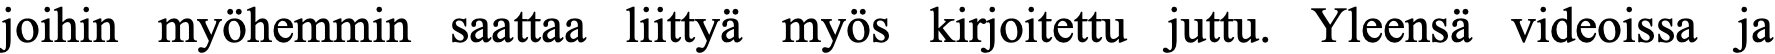
joihin myöhemmin saattaa liittyä myös kirjoitettu juttu. Yleensä videoissa ja